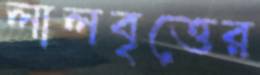
লালবৃত্তের